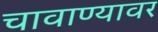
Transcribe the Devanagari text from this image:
चावाण्यावर